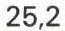
25,2